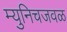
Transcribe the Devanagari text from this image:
म्युनिचजवळ